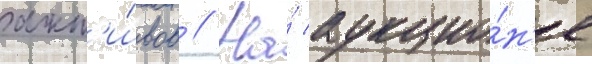
акт'и́вов // На́ аукцио́н'е